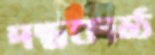
দন্তকাষ্ঠ